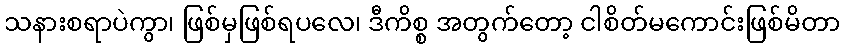
သနားစရာပဲကွာ၊ ဖြစ်မှဖြစ်ရပလေ၊ ဒီကိစ္စ အတွက်တော့ ငါစိတ်မကောင်းဖြစ်မိတာ